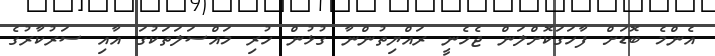
އެންމެ ބޮޑަށް ފާހަގަކޮށްލަން ޖެހެނީ ރައްޔިތުންނާ ގުޅުން ހުރި މައްސަލަތަކުގަ އާއި ސަރުކާރުގެ